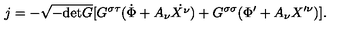
j = - \sqrt { - \mathrm { d e t } G } [ G ^ { \sigma \tau } ( \dot { \Phi } + A _ { \nu } \dot { X ^ { \nu } } ) + G ^ { \sigma \sigma } ( \Phi ^ { \prime } + A _ { \nu } X ^ { \prime \nu } ) ] .